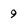
Character: 9